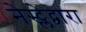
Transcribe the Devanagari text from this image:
नेस्ट्लेद्वारा